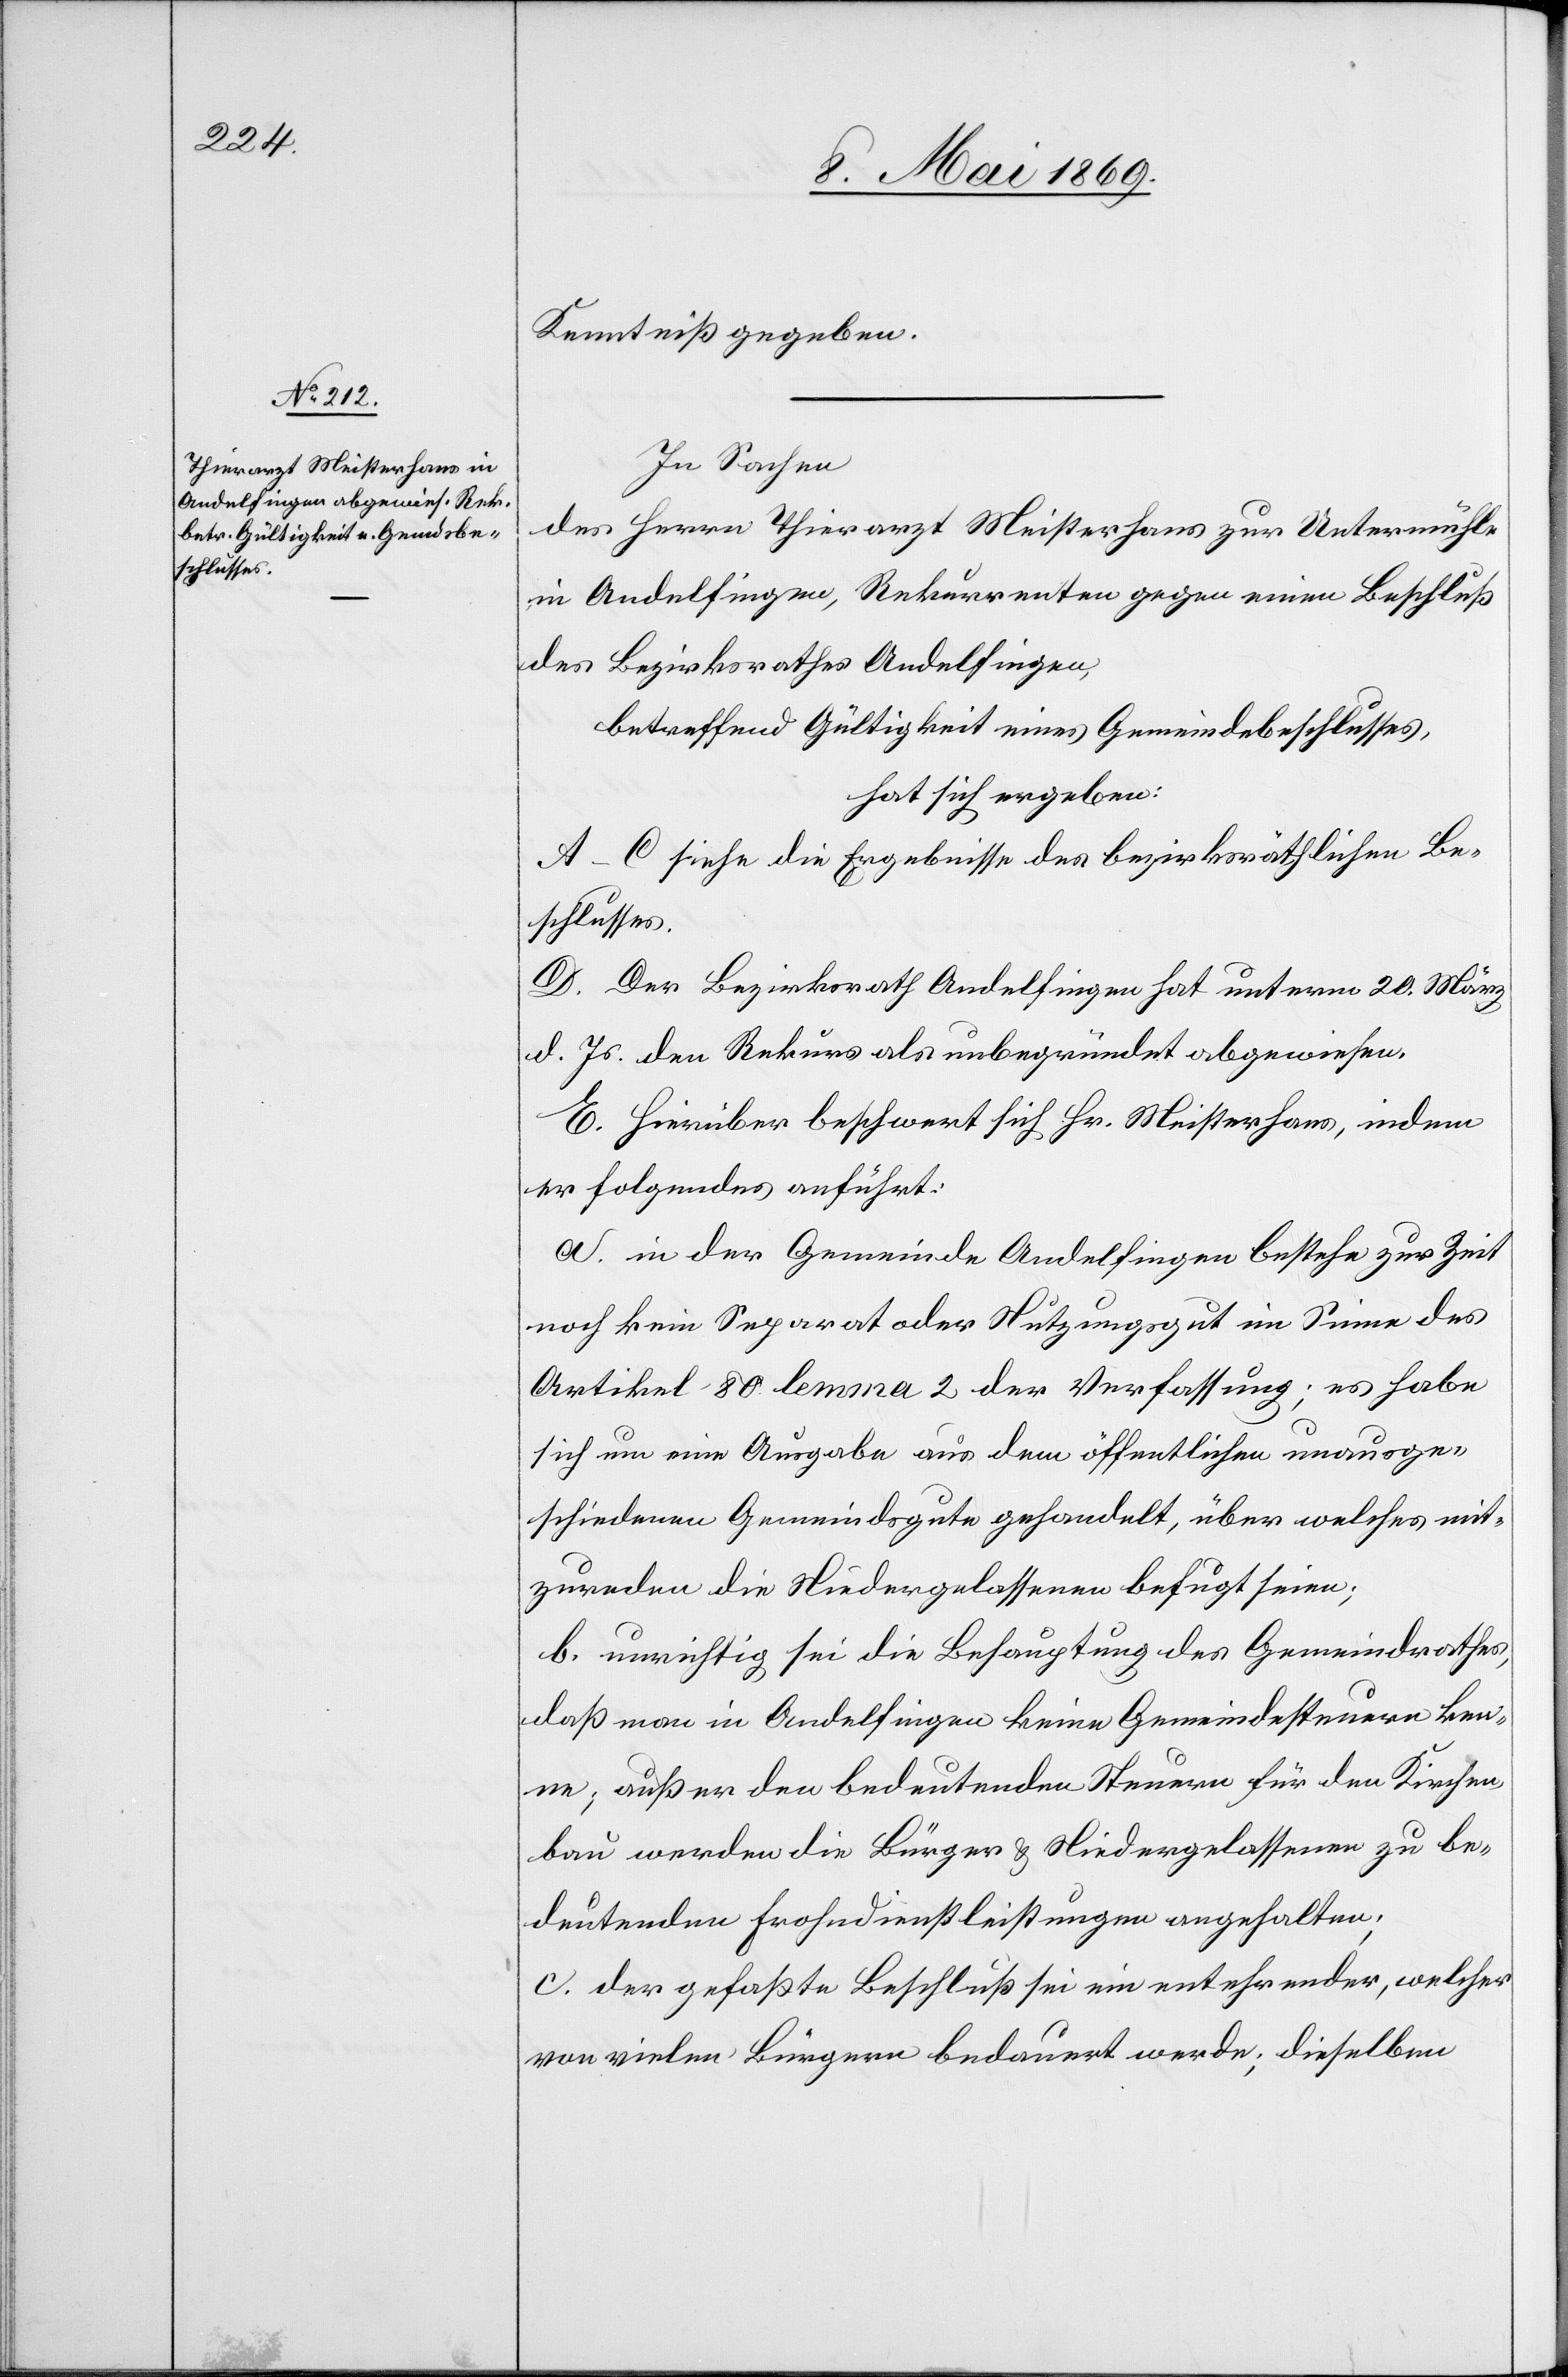
Kenntniß gegeben.
In Sachen
des Herrn Thierarzt Meisterhans zur Untermühle
in Andelfingen, Rekurrenten gegen einen Beschluß
des Bezirksrathes Andelfingen,
betreffend Gültigkeit eines Gemeindebeschlusses,
hat sich ergeben:
A–C. siehe die Ergebnisse des bezirksräthlichen Be¬
schlusses.
D. Der Bezirksrath Andelfingen hat unterm 20. März
d. Js. den Rekurs als unbegründet abgewiesen.
E. Hierüber beschwert sich Hr. Meisterhans, indem
er folgendes anführt:
a. in der Gemeinde Andelfingen bestehe zur Zeit
noch kein Separat oder Nutzungsgut im Sinne des
Artikel 80 lemma 2 der Verfassung; es habe
sich um eine Ausgabe aus dem öffentlichen unausge¬
schiedenen Gemeindsgute gehandelt, über welches mit¬
zureden die Niedergelassenen befugt seien;
b. unrichtig sei die Behauptung des Gemeindrathes,
daß man in Andelfingen keine Gemeindesteuern ken¬
ne; außer den bedeutenden Steuern für den Kirchen¬
bau werden die Bürger u. Niedergelassenen zu be¬
deutenden Frohndienstleistungen angehalten;
c. der gefaßte Beschluß sei ein entehrender, welcher
von vielen Bürgern bedauert werde; dieselben